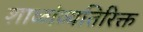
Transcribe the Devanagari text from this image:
शाळांव्यतिरिक्त